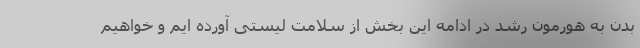
بدن به هورمون رشد در ادامه این بخش از سلامت لیستی آورده ایم و خواهیم